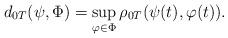
LaTeX: \begin{align*}d_{0T}(\psi, \Phi) =\sup_{\varphi \in \Phi} \rho_{0T}(\psi(t),\varphi(t)). \end{align*}